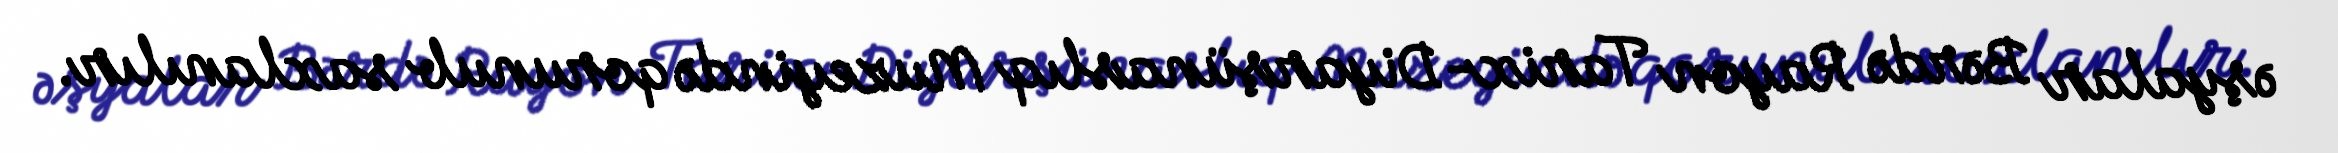
əşyalar Bərdə Rayon Tarix-Diyarşünaslıq Muzeyində qorunub saxlanılır.